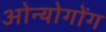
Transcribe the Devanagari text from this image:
ओन्योगोंग